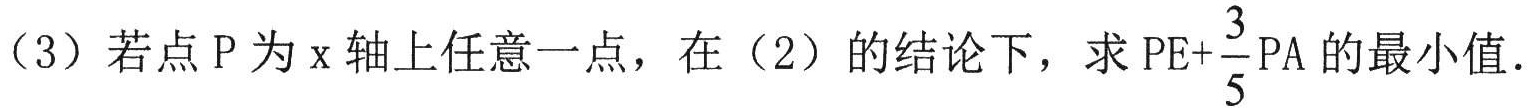
（3）若点 P 为 x 轴上任意一点，在（2）的结论下，求 \(PE + \frac{3}{5}PA\) 的最小值.